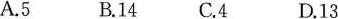
A.5 B.14 C.4 D.13